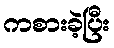
ကစားခဲ့ပြီး